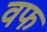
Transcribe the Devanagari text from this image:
वफ